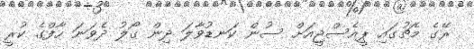
ރޭގެ މެޗުގައި ޕީއެސްޖީއަށް ސުން ކަނޑުވާލަ ދިން ގޯލު ދެވަނަ ހާފްގެ ކުރީ